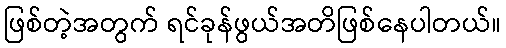
ဖြစ်တဲ့အတွက် ရင်ခုန်ဖွယ်အတိဖြစ်နေပါတယ်။